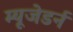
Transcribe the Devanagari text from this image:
म्यूजेडर्न